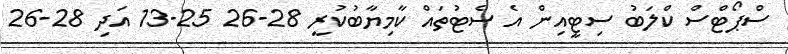
ސްޕޯޓްސް ކްލަބު ސިޓީއިން އެ ސެޓުތައް ކާމިޔާބުކުރީ 28-26 25-13 އަދި 28-26